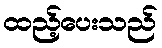
ထည့်ပေးသည်